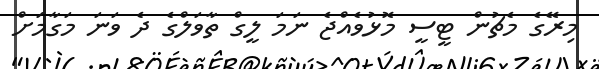
މިރޭގެ މެޗުން ޓީސީ މޮޅުވެއްޖެ ނަމަ ލީގް ތާވަލްގެ ދެ ވަނަ މަގާމަށް